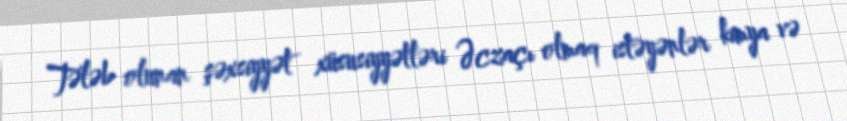
Tələb olunan şəxsiyyət xüsusiyyətləri Əczaçı olmaq istəyənlər kimya və